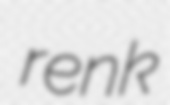
renk